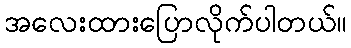
အလေးထားပြောလိုက်ပါတယ်။